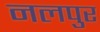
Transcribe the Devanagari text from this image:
नलपुर